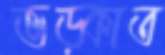
ভড়্‌কাত